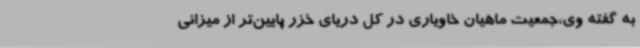
به گفته وی،جمعیت ماهیان خاویاری در کل دریای خزر پایین‌تر از میزانی